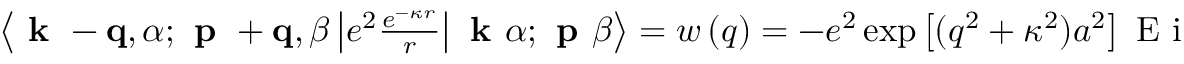
\begin{array} { r } { \left\langle \textbf { k } - \mathbf { q } , \alpha ; \textbf { p } + \mathbf { q } , \beta \left| e ^ { 2 } \frac { e ^ { - \kappa r } } { r } \right| \textbf { k } \alpha ; \textbf { p } \beta \right\rangle = w \left( q \right) = - e ^ { 2 } \exp \left[ ( q ^ { 2 } + \kappa ^ { 2 } ) a ^ { 2 } \right] \mathrm { ~ E ~ i ~ } \left( - ( q ^ { 2 } + \kappa ^ { 2 } ) a ^ { 2 } \right) , } \end{array}